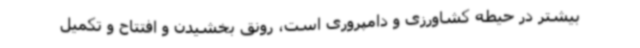
بیشتر در حیطه کشاورزی و دامپروری است، رونق بخشیدن و افتتاح و تکمیل